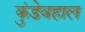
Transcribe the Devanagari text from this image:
कुंडेवहाल